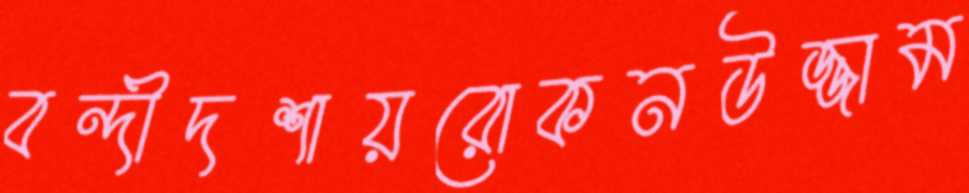
বন্দীদশায়রোকনউজ্জাম